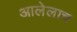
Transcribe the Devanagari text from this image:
आलेलाच